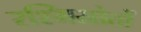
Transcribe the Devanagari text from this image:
रश्मिस्रोतों